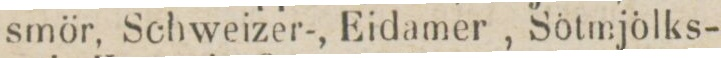
smör, Schweizer-, Eidamer-, Sötmjölks-